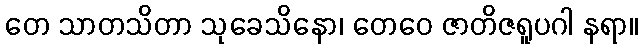
တေ သာတသိတာ သုခေသိနော၊ တေဝေ ဇာတိဇရူပဂါ နရာ။